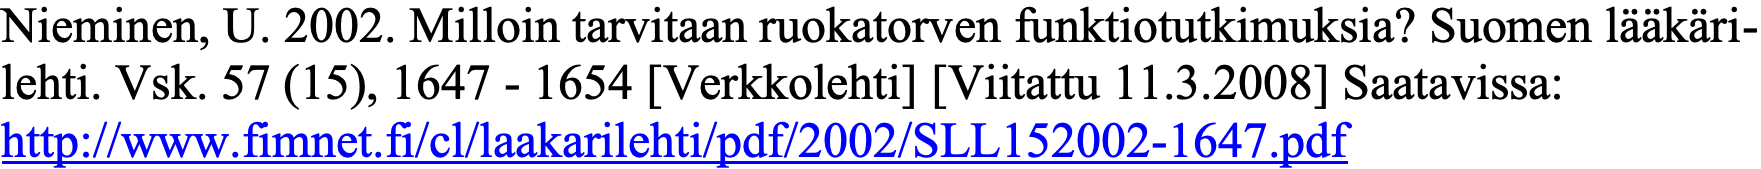
Nieminen, U. 2002. Milloin tarvitaan ruokatorven funktiotutkimuksia? Suomen lääkäri- lehti. Vsk. 57 (15), 1647 - 1654 [Verkkolehti] [Viitattu 11.3.2008] Saatavissa: http://www.fimnet.fi/cl/laakarilehti/pdf/2002/SLL152002-1647.pdf